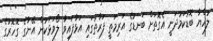
ލުހްޔާ ބޮޑުކަމުދަނީ އެގޮތަށް ބަނޑުގެ އަރިމަތީ ފަރާތުގައި އަޅާފައިވާ ލޯވަޅަކުން އޭނާގެ ގޮހޮރުގެ